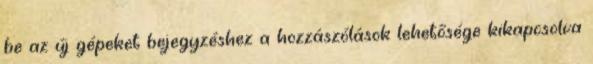
be az új gépeket bejegyzéshez a hozzászólások lehetősége kikapcsolva